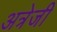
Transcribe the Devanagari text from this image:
अत्रेजी